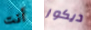
أنت ديكور